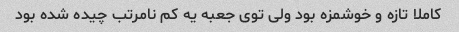
کاملا تازه و خوشمزه بود ولی توی جعبه یه کم نامرتب چیده شده بود